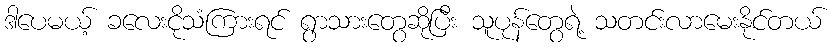
ဒါပေမယ့် ခလေးငိုသံကြားရင် ရွာသားတွေဆိုပြီး သူပုန်တွေရဲ့ သတင်းလာမေးနိုင်တယ်